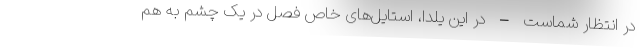
در انتظار شماست – در این یلدا، استایل‌های خاص فصل در یک چشم به هم